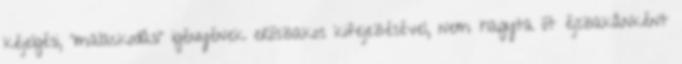
kéjelgési, “malackodási” igényének erõszakos kifejezésével, nem hagyta õt éjszakánként